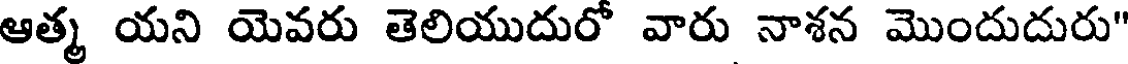
ఆత్మ యని యెవరు తెలియుదురో వారు నాశన మొందుదురు"